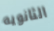
الثانويه